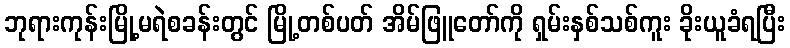
ဘုရားကုန်းမြို့မရဲစခန်းတွင် မြို့တစ်ပတ် အိမ်ဖြူတော်ကို ရှမ်းနှစ်သစ်ကူး ခိုးယူခံရပြီး